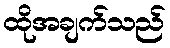
ထိုအချက်သည်